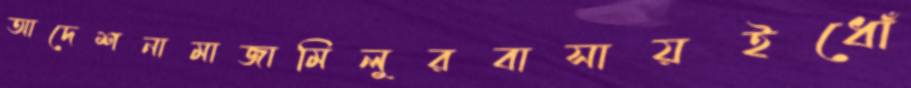
আদেশনামাজামিলুরবাসায়ইধোঁ